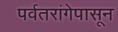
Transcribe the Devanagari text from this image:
पर्वतरांगेपासून